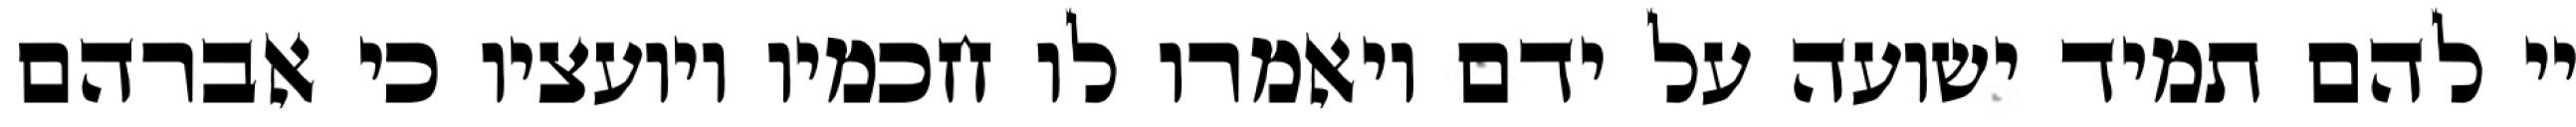
יי להם תמיד ישועה על ידם ויאמרו לו חכמיו ויועציו כי אברהם